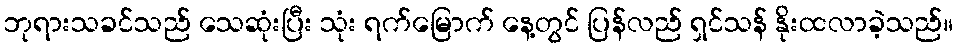
ဘုရားသခင်သည် သေဆုံးပြီး သုံး ရက်မြောက် နေ့တွင် ပြန်လည် ရှင်သန် နိုးထလာခဲ့သည်။